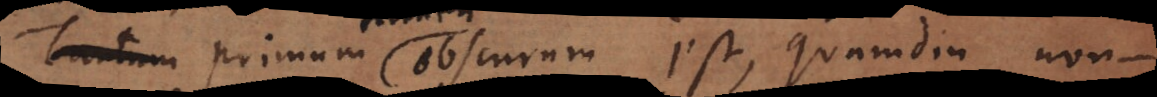
um tamen obscurum est, quamdiu non